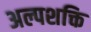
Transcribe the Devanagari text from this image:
अल्पशक्ति